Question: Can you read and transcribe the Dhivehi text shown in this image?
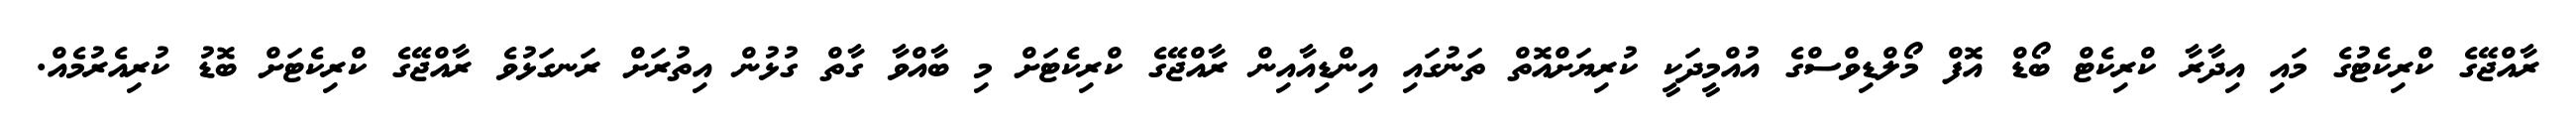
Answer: ރާއްޖޭގެ ކްރިކެޓުގެ މައި އިދާރާ ކްރިކެޓް ބޯޑް އޮފް މޯލްޑިވްސްގެ އުއްމީދަކީ ކުރިޔަށްއޮތް ތަނުގައި އިންޑިއާއިން ރާއްޖޭގެ ކްރިކެޓަށް މި ބާއްވާ ގާތް ގުޅުން އިތުރަށް ރަނގަޅުވެ ރާއްޖޭގެ ކްރިކެޓަށް ބޮޑު ކުރިއެރުމެއް.